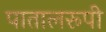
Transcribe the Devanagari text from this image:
पातालरूपी